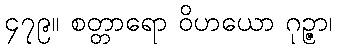
၄၇၉။ စတ္တာရော ဝိဟယော ဂုဉ္ဇာ၊